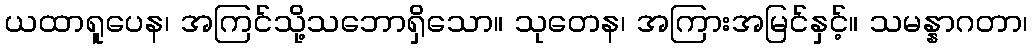
ယထာရူပေန၊ အကြင်သို့သဘောရှိသော။ သုတေန၊ အကြားအမြင်နှင့်။ သမန္နာဂတာ၊